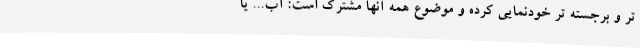
تر و برجسته تر خودنمایی کرده و موضوع همه آنها مشترک است: آب... یا